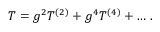
T = g ^ { 2 } T ^ { ( 2 ) } + g ^ { 4 } T ^ { ( 4 ) } + \ldots \, .